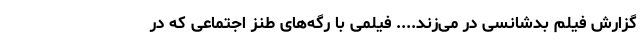
گزارش فیلم بدشانسی در می‌زند.... فیلمی با رگه‌های طنز اجتماعی که در